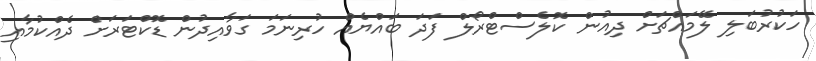
ހަކުރުބަލި ލޭމައްޗަށް ދިއުން ކޮލެސްޓްރޯލް ފަދަ ބައްޔެއް ހުރިނަމަ ގަވާއިދުން ޑޮކްޓަރަށް ދެއްކުމާއި